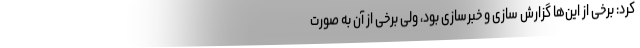
کرد: برخی از این‌ها گزارش سازی و خبرسازی بود، ولی برخی از آن به صورت